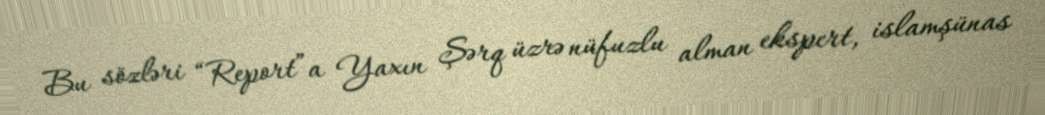
Bu sözləri “Report”a Yaxın Şərq üzrə nüfuzlu alman ekspert, islamşünas